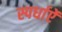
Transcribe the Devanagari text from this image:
स्पर्धाऐं